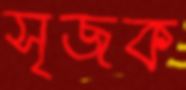
সৃজক